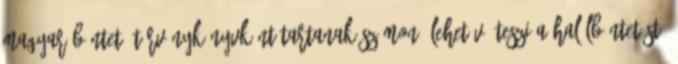
magyar büntető törvénykönyvként tartanak számon, lehetővé teszi a halálbüntetést,